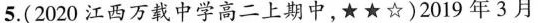
5.(2020江西万载中学高二上期中，★★☆)2019年3月